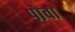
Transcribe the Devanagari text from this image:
पोवो